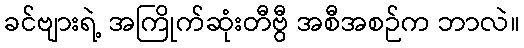
ခင်ဗျားရဲ့ အကြိုက်ဆုံးတီဗွီ အစီအစဉ်က ဘာလဲ။